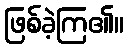
ဖြစ်ခဲ့ကြ၏။